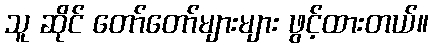
သူ ဆိုင် တော်တော်များများ ဖွင့်ထားတယ်။